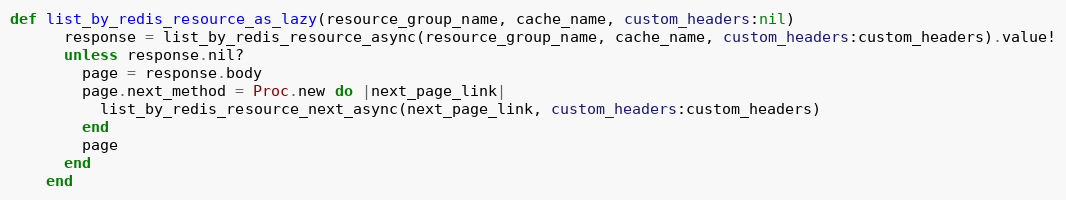
Language: Ruby
def list_by_redis_resource_as_lazy(resource_group_name, cache_name, custom_headers:nil)
      response = list_by_redis_resource_async(resource_group_name, cache_name, custom_headers:custom_headers).value!
      unless response.nil?
        page = response.body
        page.next_method = Proc.new do |next_page_link|
          list_by_redis_resource_next_async(next_page_link, custom_headers:custom_headers)
        end
        page
      end
    end